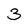
Character: 3